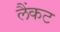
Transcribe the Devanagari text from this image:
लैंकट